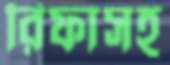
রিফাসহ